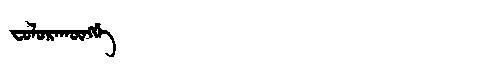
Manchu: ᠸᠣᠯᠣᡵᠠᡴᡡᠩᡤᡝ
Romanization: FOLORAKŪNGGE